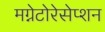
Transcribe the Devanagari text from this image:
मग्नेटोरेसेप्शन